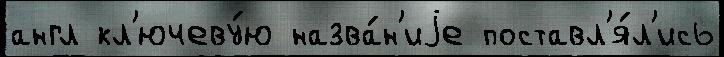
англ кл'ючеву́ю назва́н'иjе поставл'я́л'ись